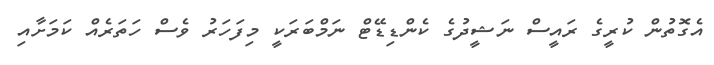
އެގޮތުން ކުރީގެ ރައީސް ނަޝީދުގެ ކެންޑިޑޭޓް ނަމްބަރަކީ މިފަހަރު ވެސް ހަތަރެއް ކަމަށާއި